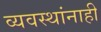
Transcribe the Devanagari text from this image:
व्यवस्थांनाही